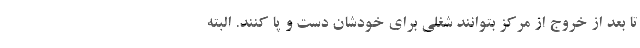
تا بعد از خروج از مرکز بتوانند شغلی برای خودشان دست و پا کنند. البته